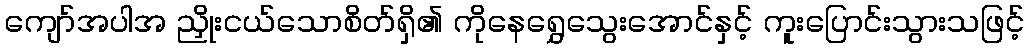
ကျော်အပါအ ညှိုးငယ်သောစိတ်ရှိ၏ ကိုနေရွှေသွေးအောင်နှင့် ကူးပြောင်းသွားသဖြင့်